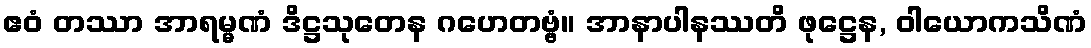
ဧဝံ တဿာ အာရမ္မဏံ ဒိဋ္ဌသုတေန ဂဟေတဗ္ဗံ။ အာနာပါနဿတိ ဖုဋ္ဌေန, ဝါယောကသိဏံ